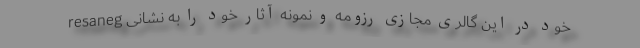
خود در این گالری مجازی رزومه و نمونه آثار خود را به نشانی resaneg